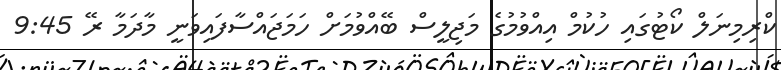
ކްރިމިނަލް ކޯޓުގައި ހުކުމް އިއްވުމުގެ މަޖިލީސް ބޭއްވުމަށް ހަމަޖައްސާފައިވަނީ މާދަމާ ރޭ 9:45